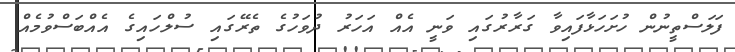
ފަލަސްތީނުން ހުށަހަޅާފައިވާ ގަރާރުގައި ވަނީ އެއް އަހަރު ދުވަހުގެ ތެރޭގައި ސުލްހައިގެ އެއްބަސްވުމެއް